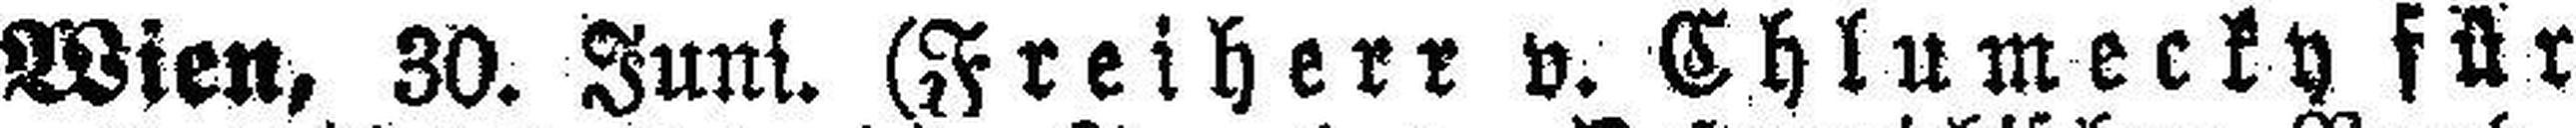
Wien, 30. Juni. (Freiherr v. Chlumecky für